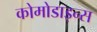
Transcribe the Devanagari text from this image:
कोमोडाइन्स